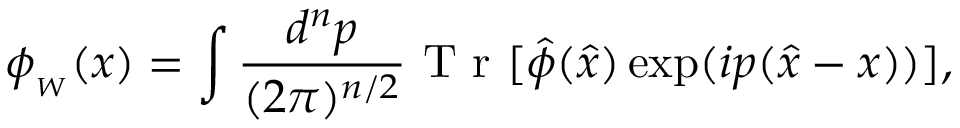
\phi _ { _ W } ( x ) = \int \frac { d ^ { n } p } { ( 2 \pi ) ^ { n / 2 } } \textrm { T r } [ \hat { \phi } ( \hat { x } ) \exp ( i p ( \hat { x } - x ) ) ] ,